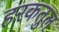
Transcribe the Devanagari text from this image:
हरकतुल